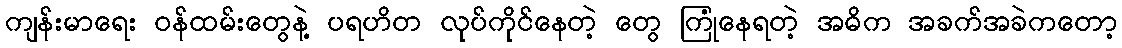
ကျန်းမာရေး ဝန်ထမ်းတွေနဲ့ ပရဟိတ လုပ်ကိုင်နေတဲ့ တွေ ကြုံနေရတဲ့ အဓိက အခက်အခဲကတော့